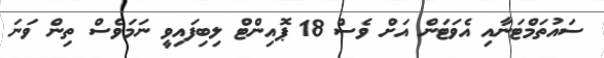
ސައުތަމްޓަނާއި އެވަޓަން އަށް ވެސް 18 ޕޮއިންޓް ލިބިފައިވީ ނަމަވެސް ތިން ވަނަ